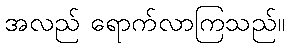
အလည် ရောက်လာကြသည်။